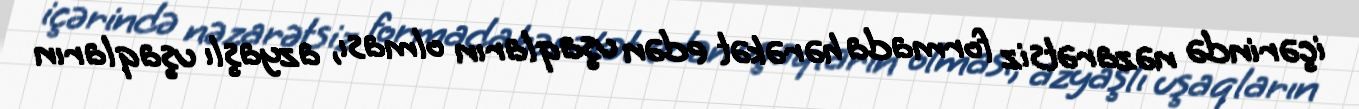
içərində nəzarətsiz formada hərəkət edən uşaqların olması, azyaşlı uşaqların